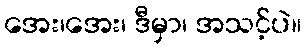
အေး၊အေး၊ ဒီမှာ၊ အသင့်ပဲ။